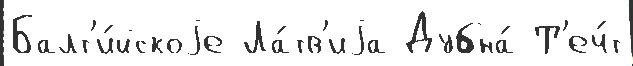
Балт'и́йскоjе Ла́тв'иjа Дубна́ Т'еч́т